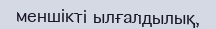
меншікті ылғалдылық,